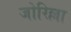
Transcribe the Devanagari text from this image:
जोरिल्ला